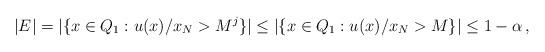
LaTeX: \begin{align*} |E| = |\{ x \in Q_1: u(x)/x_N > M^j \} | \leq |\{ x \in Q_1: u(x)/x_N > M\} | \leq 1-\alpha\,,\end{align*}